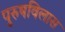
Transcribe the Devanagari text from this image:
पुरुषविलास